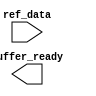
// +FHDR-------------------------------------------------------------------
// TYPE:
// DEPARTMENT:
// AUTHOR:
// AUTHOR'S EMAIL:
// ------------------------------------------------------------------------
// KEYWORDS:
// ------------------------------------------------------------------------
// PARAMETERS
//
// ------------------------------------------------------------------------
// REUSE ISSUES
// Reset Strategy:
// Clock Domains:
// Critical Timing:
// Test Features:
// Asynchronous I/F:
// Scan Methodology:
// Instantiations:
// -FHDR-------------------------------------------------------------------

module buffer (
        input wire [183:0] ref_data,

        output wire buffer_ready
    );

    reg [1471:0] ref_buffer;      // 23x8 pixel (8 bits)

endmodule